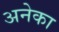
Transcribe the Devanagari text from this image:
अनेका